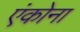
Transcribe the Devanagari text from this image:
एंकोना